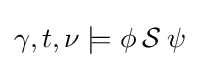
\gamma ,t,\nu \models \phi \mathbin {\mathcal {S}} \psi